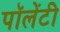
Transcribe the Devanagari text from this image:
पॉलेंटी